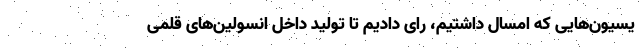
یسیون‌هایی که امسال داشتیم، رای دادیم تا تولید داخل انسولین‌های قلمی